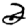
Digit: 2